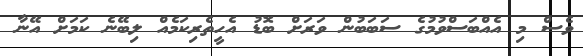
ވެސް މި އެއްބަސްވުމުގެ ސަބަބުން ވަރަށް ބޮޑު އެހީތެރިކަމެއް ލިބޭނެ ކަމަށް އޭނާ